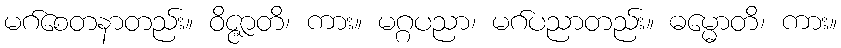
မဂ်စေတနာတည်း။ ဝိဇ္ဇာတိ၊ ကား။ မဂ္ဂပညာ၊ မဂ်ပညာတည်း။ ဓမ္မောတိ၊ ကား။